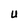
Character: U